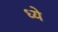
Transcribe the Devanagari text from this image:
ध्ये